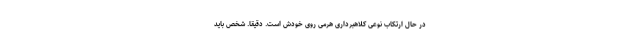
در حال ارتکاب نوعی کلاهبرداری هرمی روی خودش است. دقیقاً. شخص باید